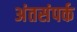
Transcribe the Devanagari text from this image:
अंतसंपर्क